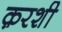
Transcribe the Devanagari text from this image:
क़रशी